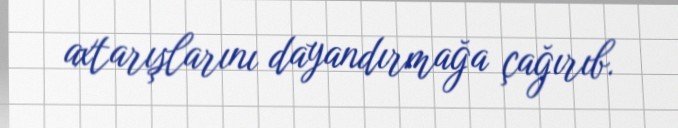
axtarışlarını dayandırmağa çağırıb.